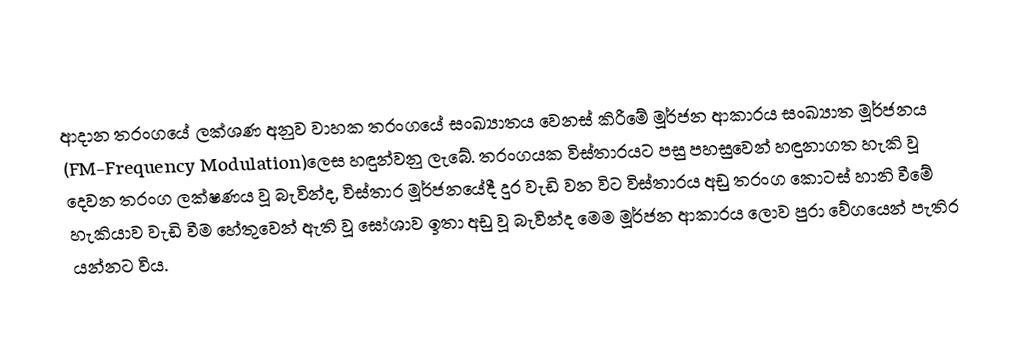
ආදාන තරංගයේ ලක්ශණ අනුව වාහක තරංගයේ සංඛ්‍යාතය වෙනස් කිරීමේ මූර්ජන ආකාරය සංඛ්‍යාත මූර්ජනය (FM-Frequency Modulation)ලෙස හඳුන්වනු ලැබේ. තරංගයක විස්තාරයට පසු පහසුවෙන් හඳුනාගත හැකි වූ දෙවන තරංග ලක්ෂණය වූ බැවින්ද, විස්තාර මූර්ජනයේදී දුර වැඩි වන විට විස්තාරය අඩු තරංග කොටස් හානි වීමේ හැකියාව වැඩි වීම හේතුවෙන් ඇති වූ ඝෝශාව ඉතා අඩු වූ බැවින්ද මෙම මූර්ජන ආකාරය ලොව පුරා වේගයෙන් පැතිර යන්නට විය.